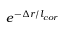
e ^ { - \Delta r / l _ { c o r } }